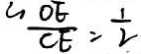
\frac { O E } { C E } = \frac { 1 } { 2 }